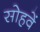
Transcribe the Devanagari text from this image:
सोहवें